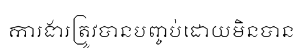
ការងារត្រូវបានបញ្ចប់ដោយមិនបាន